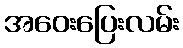
အဝေးပြေးလမ်း